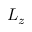
L _ { z }